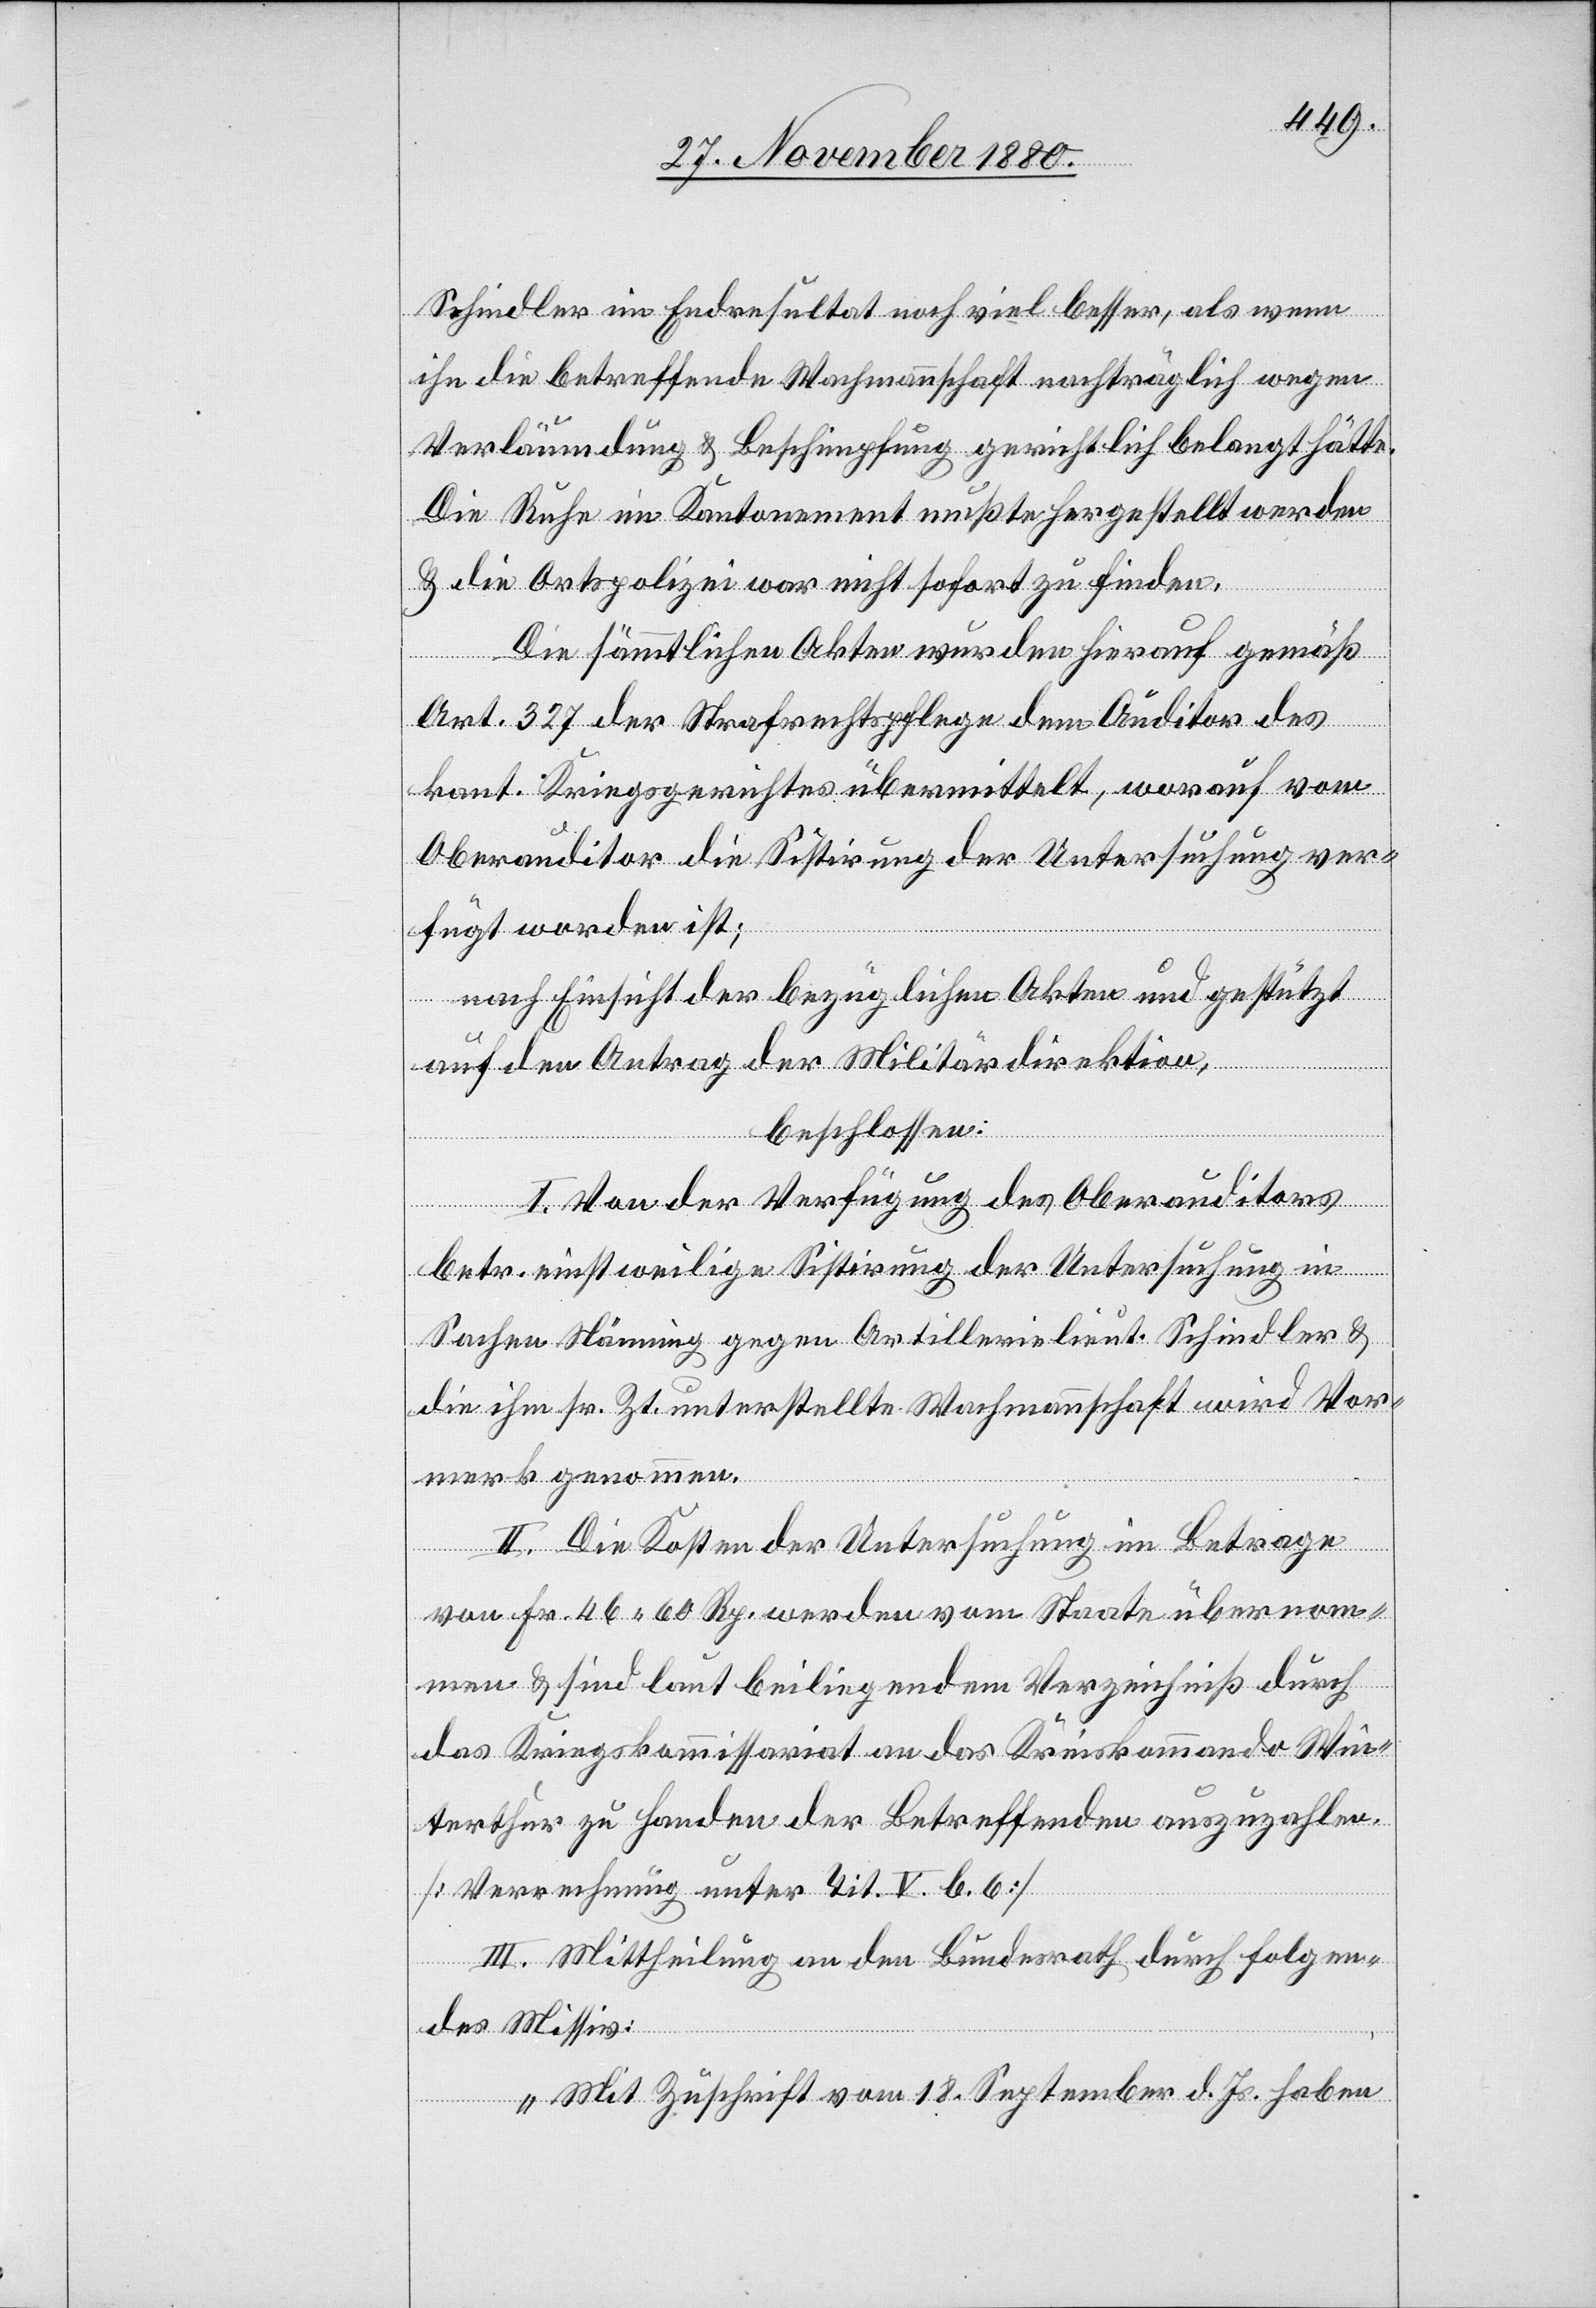
Schindler im Endresultat noch viel besser, als wenn
ihn die betreffende Wachmannschaft nachträglich wegen
Verläumdung & Beschimpfung gerichtlich belangt hätte.
Die Ruhe im Kantonement mußte hergestellt werden
& die Ortspolizei war nicht sofort zu finden.
Die sämtlichen Akten wurden hierauf gemäß
Art. 327 der Strafrechtspflege dem Auditor des
kant. Kriegsgerichtes übermittelt, worauf vom
Oberauditor die Sistirung der Untersuchung ver¬
fügt worden ist;
nach Einsicht der bezüglichen Akten und gestützt
auf den Antrage der Militärdirektion,
beschlossen:
I. Von der Verfügung des Oberauditors
betr. einstweilige Sistirung der Untersuchung in
Sachen Nänning gegen Artillerielieut. Schindler &
die ihm sr. Zt. unterstellte Wachmannschaft wird Vor¬
merk genommen.
II. Die Kosten der Untersuchung im Betrage
von Fr. 46 60 Rp. werden vom Staate übernom¬
men & sind laut beiliegendem Verzeichniß durch
das Kriegskommissariat an das Kreiskommando Win¬
terthur zu Handen der Betreffenden auszuzahlen.
III. Mittheilung an den Bundesrath durch folgen¬
des Missiv:
„Mit Zuschrift vom 18. September d. Js. haben